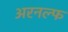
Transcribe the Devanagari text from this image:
अरनल्फ